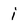
Character: i